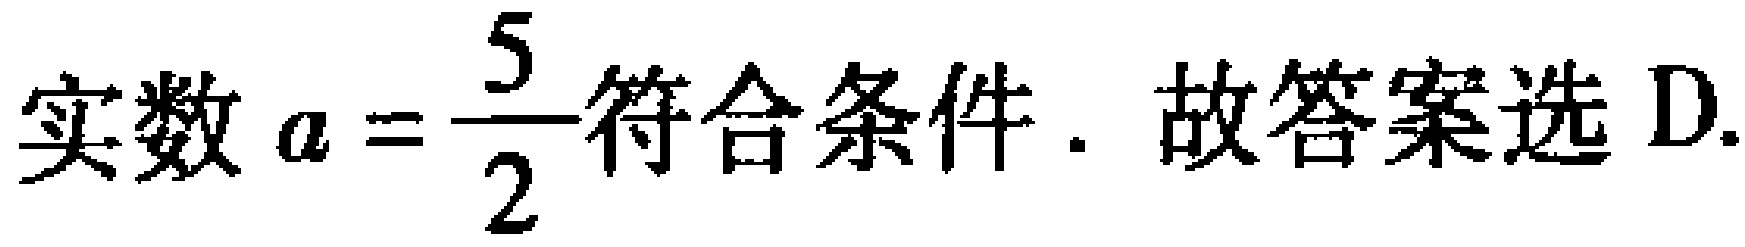
实数 \(a = \dfrac{5}{2}\)符合条件. 故答案选 D.